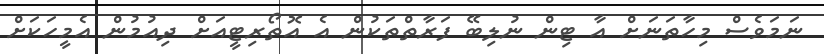
ނަމަވެސް މިހާތަނަށް އާ ޓިން ނުލިބޭ ފަރާތްތަކުން އެ އޮތޯރިޓީއަށް ދިއުމުން އެމީހަކަށް